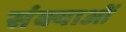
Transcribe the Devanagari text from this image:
संक्याओं